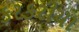
કરકરીયા